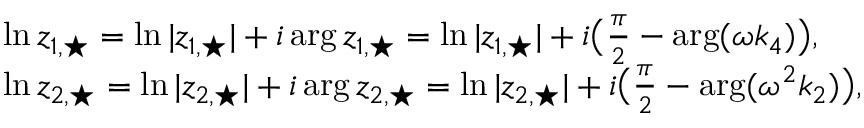
\begin{array} { r l } & { \ln z _ { 1 , \star } = \ln | z _ { 1 , \star } | + i \arg z _ { 1 , \star } = \ln | z _ { 1 , \star } | + i \big ( \frac { \pi } { 2 } - \arg ( \omega k _ { 4 } ) \big ) , } \\ & { \ln z _ { 2 , \star } = \ln | z _ { 2 , \star } | + i \arg z _ { 2 , \star } = \ln | z _ { 2 , \star } | + i \big ( \frac { \pi } { 2 } - \arg ( \omega ^ { 2 } k _ { 2 } ) \big ) , } \end{array}